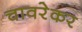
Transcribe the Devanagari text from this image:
चावरेकर